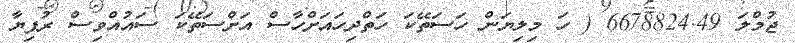
ޖުމްލަ 6678824.49 ( ހަ މިލިޔަން ހަސަތޭކަ ހަތްދިހައަށްހާސް އަށްސަތޭކަ ސައުއްވިސް ރުފިޔާ